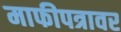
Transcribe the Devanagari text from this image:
माफीपत्रावर